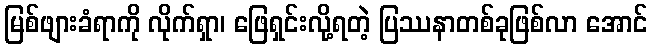
မြစ်ဖျားခံရာကို လိုက်ရှာ၊ ဖြေရှင်းလို့ရတဲ့ ပြဿနာတစ်ခုဖြစ်လာ အောင်